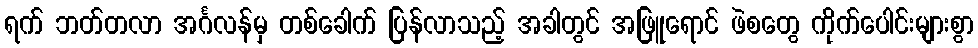
ရက် ဘတ်တလာ အင်္ဂလန်မှ တစ်ခေါက် ပြန်လာသည့် အခါတွင် အဖြူရောင် ဖဲစတွေ ကိုက်ပေါင်းများစွာ